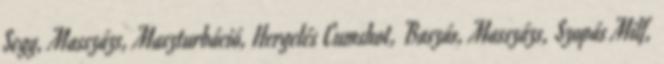
Segg, Masszázs, Maszturbáció, Hergelés Cumshot, Baszás, Masszázs, Szopás Milf,